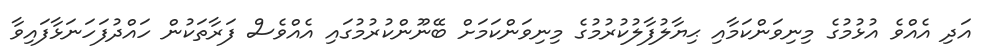
އަދި އެއްވެ އުޅުމުގެ މިނިވަންކަމާއި ޙިޔާލުފާލުކުރުމުގެ މިނިވަންކަމަށް ބޭނޫންކުރުމުގައި އެއްވެސް ފަރާތަކުން ހައްދުފަހަނަޅާފައިވާ